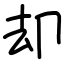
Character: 却